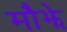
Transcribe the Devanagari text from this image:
मौझे